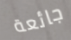
جائعة